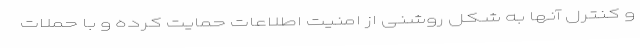
و کنترل آنها به شکل روشنی از امنیت اطلاعات حمایت کرده و با حملات